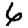
Digit: 6